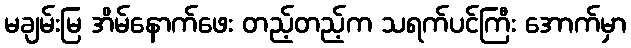
မချမ်းမြ အိမ်နောက်ဖေး တည့်တည့်က သရက်ပင်ကြီး အောက်မှာ